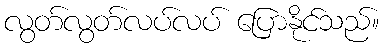
လွတ်လွတ်လပ်လပ် ပြောနိုင်သည်။